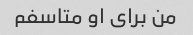
من برای او متاسفم